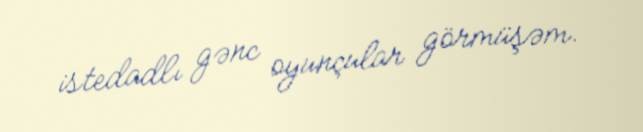
istedadlı gənc oyunçular görmüşəm.